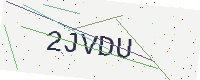
Text: 2JVDU